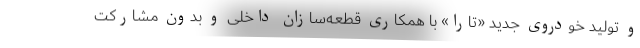
و تولید خودروی جدید «تارا» با همکاری قطعه‌سازان داخلی و بدون مشارکت